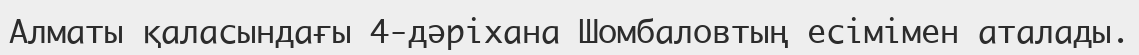
Алматы қаласындағы 4-дәріхана Шомбаловтың есімімен аталады.